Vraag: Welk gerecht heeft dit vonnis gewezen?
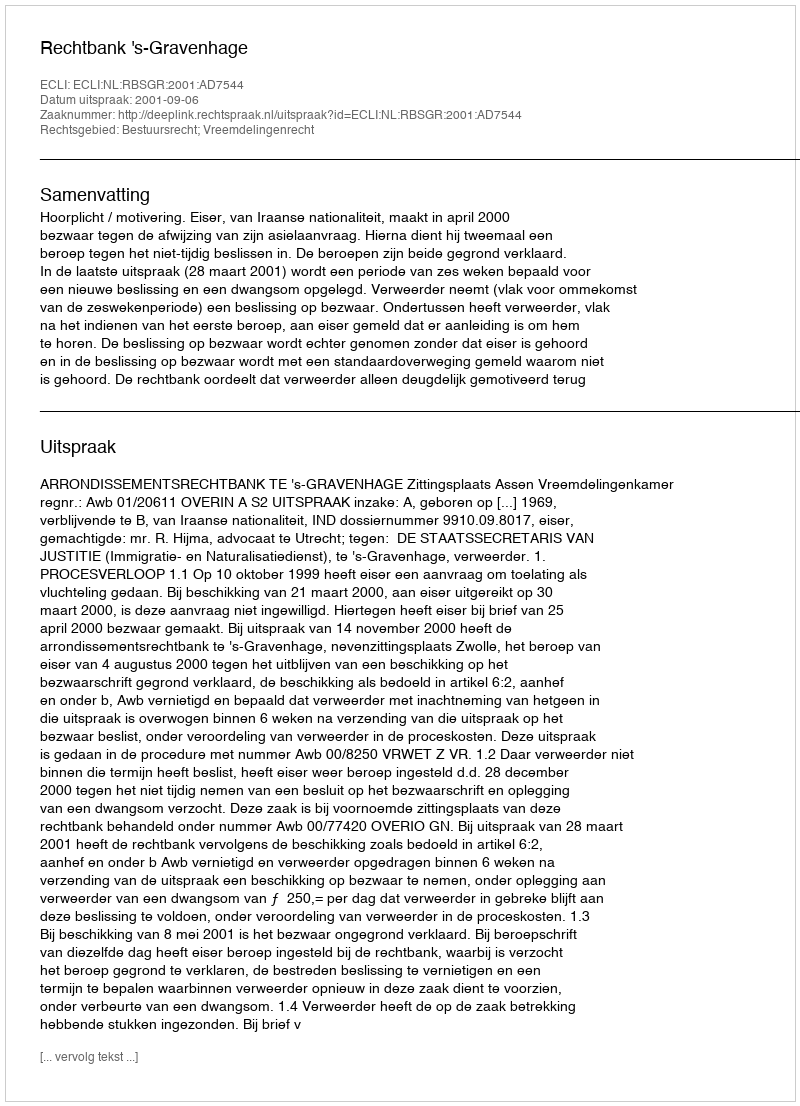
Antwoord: Rechtbank 's-Gravenhage